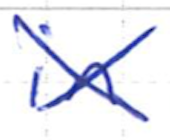
Text: in
Cross-out: cross
Writing tool: ballpoint